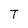
Character: T